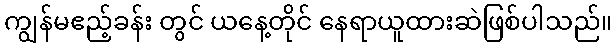
ကျွန်မဧည့်ခန်း တွင် ယနေ့တိုင် နေရာယူထားဆဲဖြစ်ပါသည်။